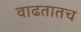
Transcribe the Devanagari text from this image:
वाढतातच